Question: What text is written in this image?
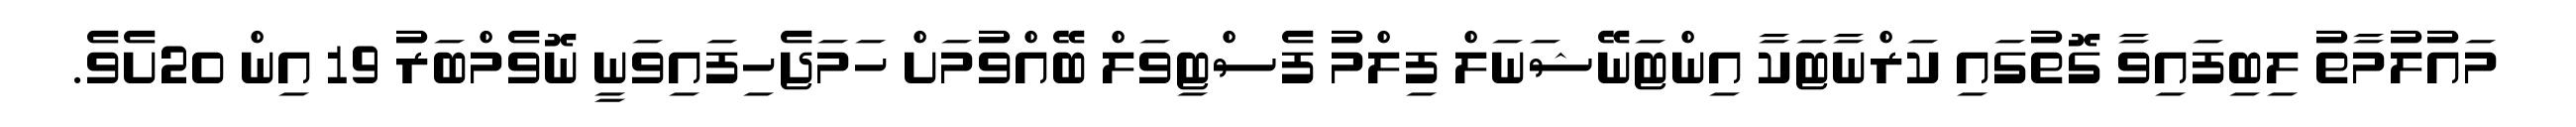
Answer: މައުލުމާތު ލިބިފައިވާ ގޮތުގައި ކަރްނާޓަކާ އިންޓަނޭޝަނަލް ފިލްމު ފެސްޓިވަލް ބޭއްވުމަށް ހަމަޖެހިފައިވަނީ ނޮވެމްބަރު 19 އިން 20ށެވެ.